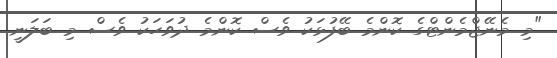
"މި މެނޭޖްމެންޓްގެ ކޮންމެ ބޭފުޅަކު ވެސް ކޮންމެ ދުވަހަކު ވެސް މި ބަލަނީ